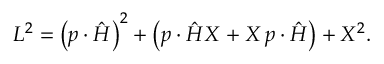
L ^ { 2 } = \left( p \cdot \hat { H } \right) ^ { 2 } + \left( p \cdot \hat { H } X + X \, p \cdot \hat { H } \right) + X ^ { 2 } .